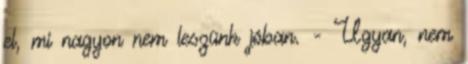
el, mi nagyon nem leszünk jóban. - Ugyan, nem